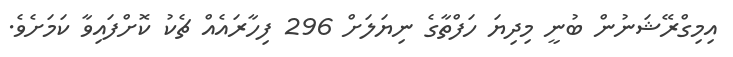
އިމިގްރޭޝަނުން ބުނީ މިދިޔަ ހަފްތާގެ ނިޔަލަށް 296 ފިހާރައެއް ޗެކު ކޮށްފައިވާ ކަމަށެވެ.